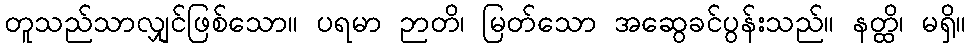
တူသည်သာလျှင်ဖြစ်သော။ ပရမာ ဉာတိ၊ မြတ်သော အဆွေခင်ပွန်းသည်။ နတ္ထိ၊ မရှိ။